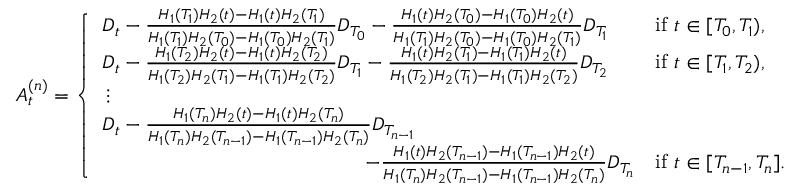
A _ { t } ^ { ( n ) } = \left\{ \begin{array} { l l } { D _ { t } - \frac { H _ { 1 } ( T _ { 1 } ) H _ { 2 } ( t ) - H _ { 1 } ( t ) H _ { 2 } ( T _ { 1 } ) } { H _ { 1 } ( T _ { 1 } ) H _ { 2 } ( T _ { 0 } ) - H _ { 1 } ( T _ { 0 } ) H _ { 2 } ( T _ { 1 } ) } D _ { T _ { 0 } } - \frac { H _ { 1 } ( t ) H _ { 2 } ( T _ { 0 } ) - H _ { 1 } ( T _ { 0 } ) H _ { 2 } ( t ) } { H _ { 1 } ( T _ { 1 } ) H _ { 2 } ( T _ { 0 } ) - H _ { 1 } ( T _ { 0 } ) H _ { 2 } ( T _ { 1 } ) } D _ { T _ { 1 } } } & { \mathrm { i f ~ } t \in [ T _ { 0 } , T _ { 1 } ) , } \\ { D _ { t } - \frac { H _ { 1 } ( T _ { 2 } ) H _ { 2 } ( t ) - H _ { 1 } ( t ) H _ { 2 } ( T _ { 2 } ) } { H _ { 1 } ( T _ { 2 } ) H _ { 2 } ( T _ { 1 } ) - H _ { 1 } ( T _ { 1 } ) H _ { 2 } ( T _ { 2 } ) } D _ { T _ { 1 } } - \frac { H _ { 1 } ( t ) H _ { 2 } ( T _ { 1 } ) - H _ { 1 } ( T _ { 1 } ) H _ { 2 } ( t ) } { H _ { 1 } ( T _ { 2 } ) H _ { 2 } ( T _ { 1 } ) - H _ { 1 } ( T _ { 1 } ) H _ { 2 } ( T _ { 2 } ) } D _ { T _ { 2 } } } & { \mathrm { i f ~ } t \in [ T _ { 1 } , T _ { 2 } ) , } \\ { \, \vdots } \\ { D _ { t } - \frac { H _ { 1 } ( T _ { n } ) H _ { 2 } ( t ) - H _ { 1 } ( t ) H _ { 2 } ( T _ { n } ) } { H _ { 1 } ( T _ { n } ) H _ { 2 } ( T _ { n - 1 } ) - H _ { 1 } ( T _ { n - 1 } ) H _ { 2 } ( T _ { n } ) } D _ { T _ { n - 1 } } } & \\ { \quad \quad \quad \quad \quad \quad \quad \quad \quad \quad \quad \quad \quad - \frac { H _ { 1 } ( t ) H _ { 2 } ( T _ { n - 1 } ) - H _ { 1 } ( T _ { n - 1 } ) H _ { 2 } ( t ) } { H _ { 1 } ( T _ { n } ) H _ { 2 } ( T _ { n - 1 } ) - H _ { 1 } ( T _ { n - 1 } ) H _ { 2 } ( T _ { n } ) } D _ { T _ { n } } } & { \mathrm { i f ~ } t \in [ T _ { n - 1 } , T _ { n } ] . } \end{array} \right.